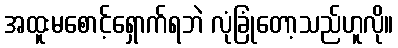
အထူးမစောင့်ရှောက်ရဘဲ လုံခြုံတော့သည်ဟူလို။